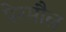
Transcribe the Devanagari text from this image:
पेरमौल